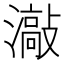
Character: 𱩯